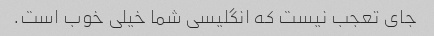
جای تعجب نیست که انگلیسی شما خیلی خوب است.